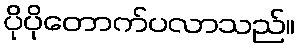
ပိုပိုတောက်ပလာသည်။